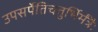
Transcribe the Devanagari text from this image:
उपसर्पेतिचतुर्भिर्मंत्रैः